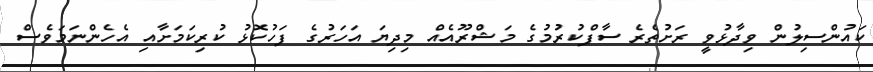
ކައުންސިލުން ވިދާޅުވީ ރަށުތެރެ ސާފްކުރުމުގެ މަޝްރޫއެއް މިދިޔަ އަހަރުގެ ފަހުކޮޅު ކުރިކަމަށާއި އެހެންނަމަވެސް